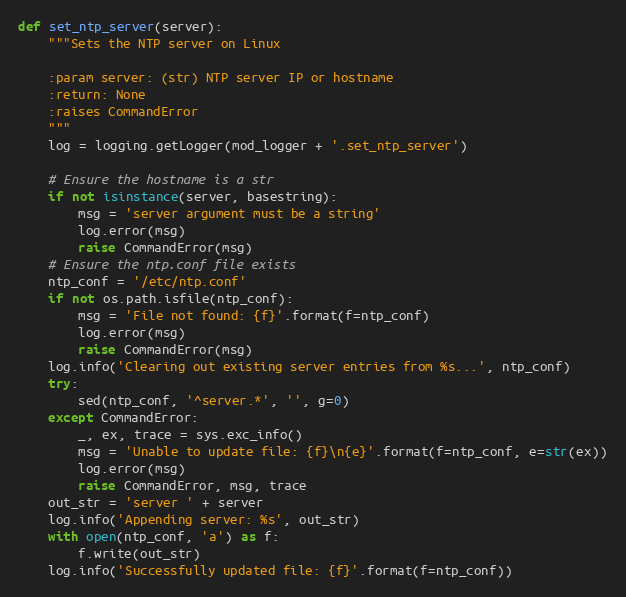
Language: Python
def set_ntp_server(server):
    """Sets the NTP server on Linux

    :param server: (str) NTP server IP or hostname
    :return: None
    :raises CommandError
    """
    log = logging.getLogger(mod_logger + '.set_ntp_server')

    # Ensure the hostname is a str
    if not isinstance(server, basestring):
        msg = 'server argument must be a string'
        log.error(msg)
        raise CommandError(msg)
    # Ensure the ntp.conf file exists
    ntp_conf = '/etc/ntp.conf'
    if not os.path.isfile(ntp_conf):
        msg = 'File not found: {f}'.format(f=ntp_conf)
        log.error(msg)
        raise CommandError(msg)
    log.info('Clearing out existing server entries from %s...', ntp_conf)
    try:
        sed(ntp_conf, '^server.*', '', g=0)
    except CommandError:
        _, ex, trace = sys.exc_info()
        msg = 'Unable to update file: {f}\n{e}'.format(f=ntp_conf, e=str(ex))
        log.error(msg)
        raise CommandError, msg, trace
    out_str = 'server ' + server
    log.info('Appending server: %s', out_str)
    with open(ntp_conf, 'a') as f:
        f.write(out_str)
    log.info('Successfully updated file: {f}'.format(f=ntp_conf))